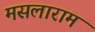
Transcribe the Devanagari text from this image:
मसलाराम